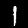
Label: 1